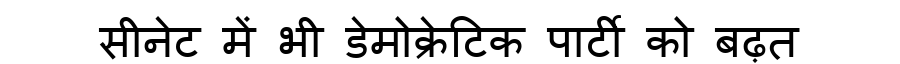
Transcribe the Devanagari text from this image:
सीनेट में भी डेमोक्रेटिक पार्टी को बढ़त